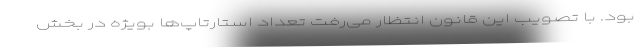
بود. با تصویب این قانون انتظار می‌رفت تعداد استارتاپ‌ها بویژه در بخش